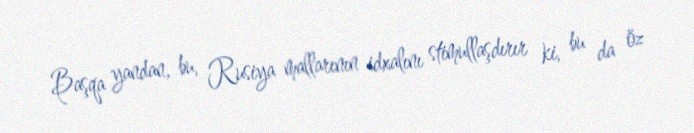
Başqa yandan, bu, Rusiya mallarının idxalını stimullaşdırır ki, bu da öz